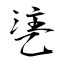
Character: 乼